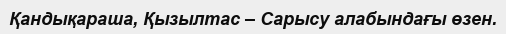
Қандықараша, Қызылтас – Сарысу алабындағы өзен.